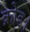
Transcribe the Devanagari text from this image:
क्रोड।